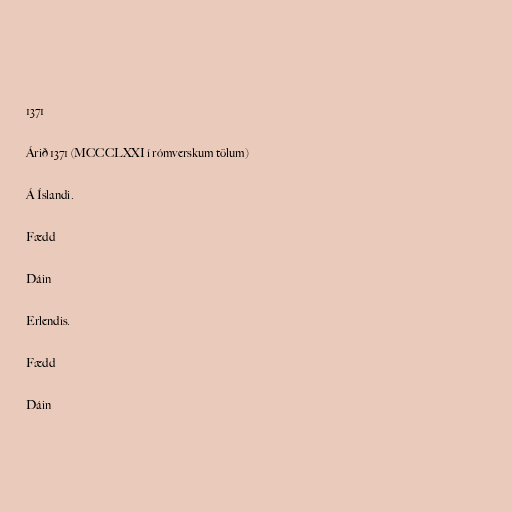
1371

Árið 1371 (MCCCLXXI í rómverskum tölum)

Á Íslandi.

Fædd

Dáin

Erlendis.

Fædd

Dáin